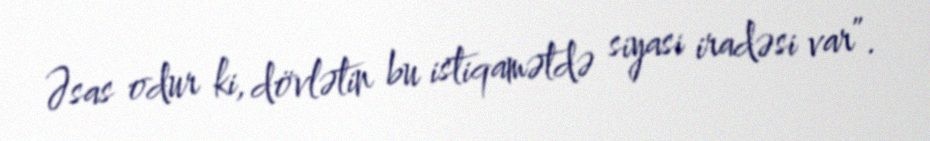
Əsas odur ki, dövlətin bu istiqamətdə siyasi iradəsi var”.